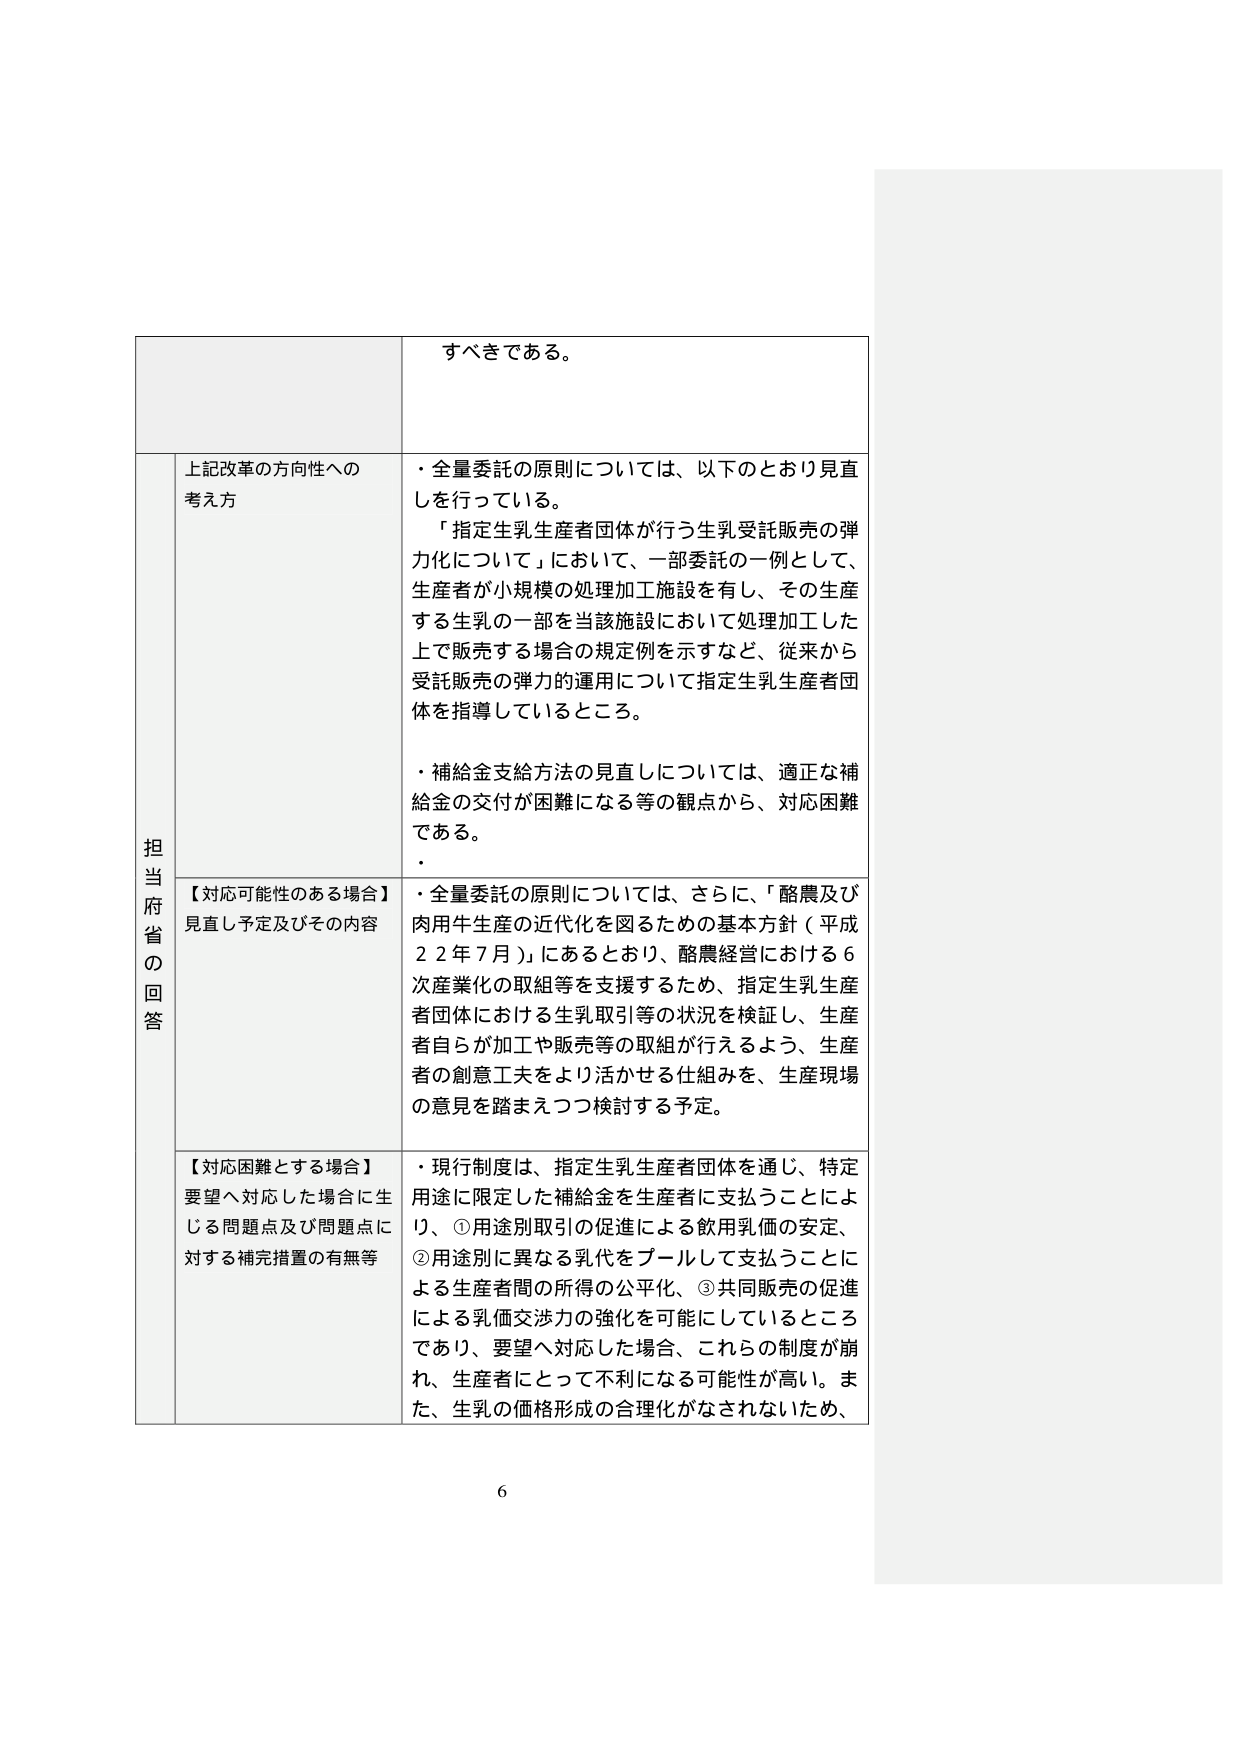
すべきである。

担当府省の回答

上記改革の方向性への考え方
・全量委託の原則については、以下のとおり見直しを行っている。
「指定生乳生産者団体が行う生乳受託販売の弾力化について」において、一部委託の一例として、生産者が小規模の処理加工施設を有し、その生産する生乳の一部を当該施設において処理加工した上で販売する場合の規定例を示すなど、従来から受託販売の弾力的運用について指定生乳生産者団体を指導しているところ。
・補給金支給方法の見直しについては、適正な補給金の交付が困難になる等の観点から、対応困難である。

【対応可能性のある場合】見直し予定及びその内容
・全量委託の原則については、さらに、「酪農及び肉用牛生産の近代化を図るための基本方針（平成22年7月）」にあるとおり、酪農経営における6次産業化の取組等を支援するため、指定生乳生産者団体における生乳取引等の状況を検証し、生産者自らが加工や販売等の取組が行えるよう、生産者の創意工夫をより活かせる仕組みを、生産現場の意見を踏まえつつ検討する予定。

【対応困難とする場合】要望へ対応した場合に生じる問題点及び問題点に対する補完措置の有無等
・現行制度は、指定生乳生産者団体を通じ、特定用途に限定した補給金を生産者に支払うことにより、①用途別取引の促進による飲用乳価の安定、②用途別に異なる乳代をプールして支払うことによる生産者間の所得の公平化、③共同販売の促進による乳価交渉力の強化を可能にしているところであり、要望へ対応した場合、これらの制度が崩れ、生産者にとって不利になる可能性が高い。また、生乳の価格形成の合理化がなされないため、

6